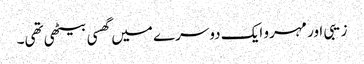
زیبی اور مہرو ایک دوسرے میں گھسی بیٹھی تھی۔